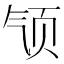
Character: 𱂡